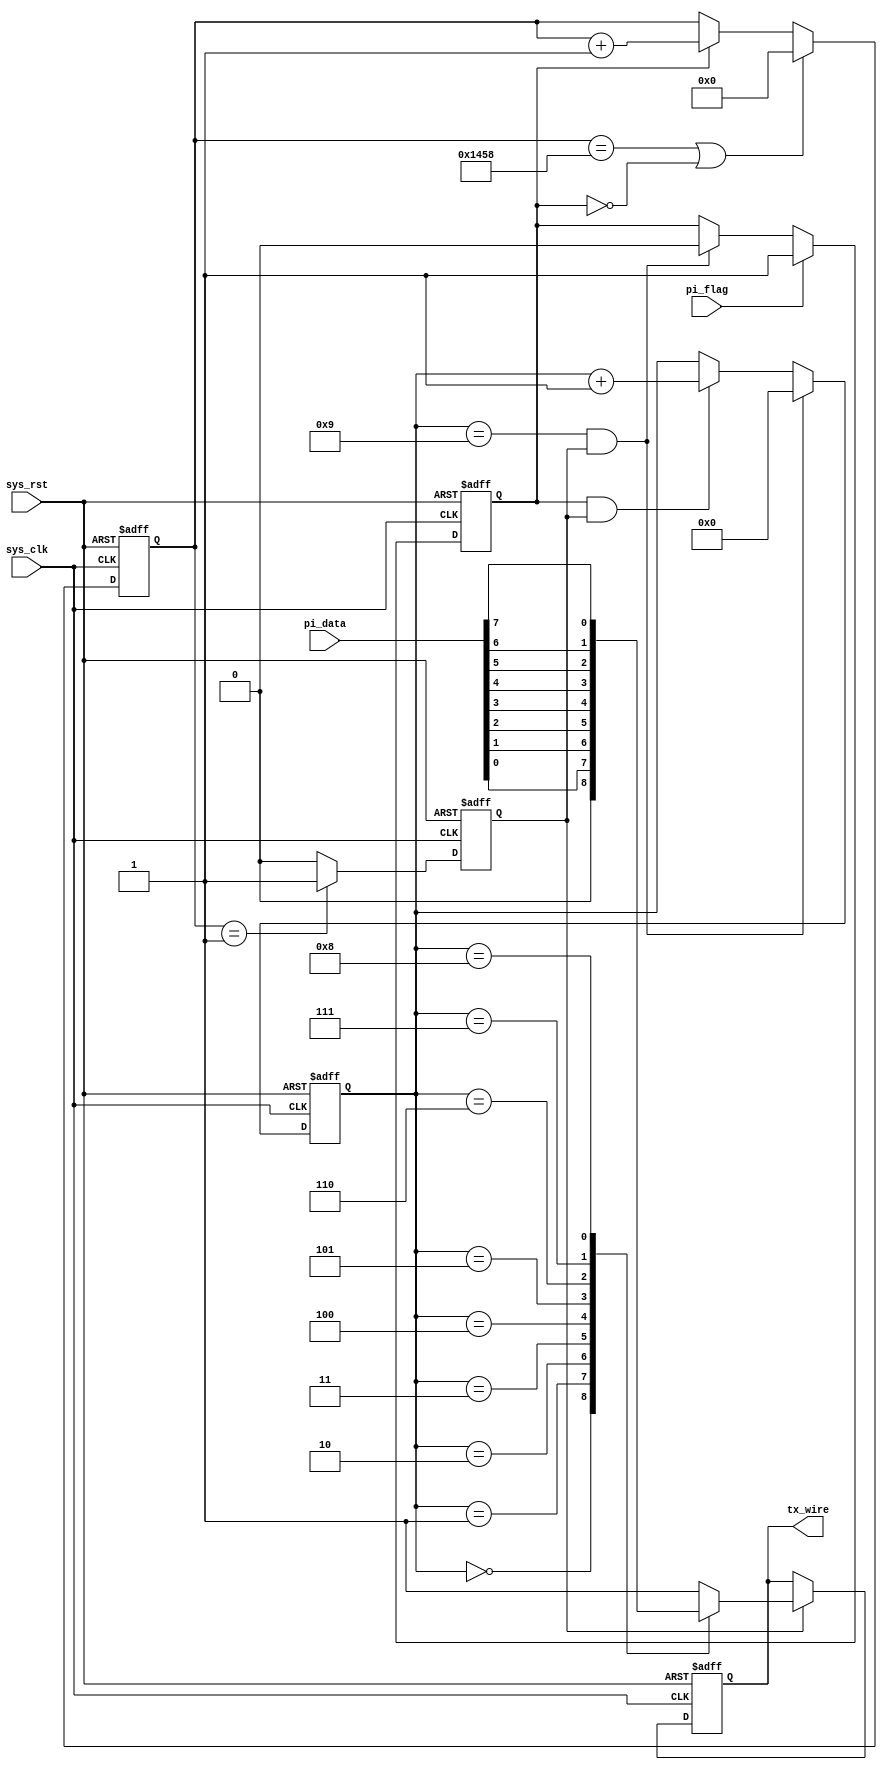
module tx
#(
    parameter   UART_BPS    =   30'd9600,
    parameter   CLK_FREQ    =   30'd50_000_000
)
(
    input       wire                    sys_clk,
    input       wire                    sys_rst,
    input       wire        [7:0]       pi_data,
    input       wire                    pi_flag,
    
    output      reg                     tx_wire
);

parameter BAUD_CNT_MAX = CLK_FREQ/UART_BPS;      //1/50MHZ = 20ns,( ( 1/9600() )*10e9 )/20ns = 5208

reg                 work_en     ;
reg     [15:0]      baud_cnt    ;
reg                 bit_flag    ;
reg     [3:0]       bit_cnt     ;

always@(posedge sys_clk or negedge sys_rst)             //
    if(sys_rst == 1'b0)
        work_en <= 1'b0;
    else if(pi_flag == 1'b1)
        work_en <= 1'b1;
    else if((bit_cnt == 4'd9) && (bit_flag == 1'b1))
        work_en <= 1'b0;

always@(posedge sys_clk or negedge sys_rst)              //
    if(sys_rst == 1'b0)
        baud_cnt <= 16'd0;
    else if((baud_cnt == BAUD_CNT_MAX) || (work_en == 1'b0))
        baud_cnt <= 16'd0;
    else if(work_en == 1'b1)
        baud_cnt <= baud_cnt + 1'd1;

always@(posedge sys_clk or negedge sys_rst)              //
    if(sys_rst == 1'b0)
        bit_flag <= 1'b0;
    else if(baud_cnt == 16'b1)
        bit_flag <= 1'b1;
    else
        bit_flag <= 1'b0;
        
always@(posedge sys_clk or negedge sys_rst)              //
    if(sys_rst == 1'b0)        
        bit_cnt <= 4'd0;
    else if((bit_cnt == 4'd9) && (bit_flag == 1'b1))
        bit_cnt <= 4'd0;
    else if((work_en == 1'b1) && (bit_flag == 1'b1))
        bit_cnt <= bit_cnt + 1'b1;
        
always@(posedge sys_clk or negedge sys_rst)              //
    if(sys_rst == 1'b0)          
        tx_wire = 1'b1;
    else if(bit_flag == 1'b1)
        case(bit_cnt)
            0   : tx_wire <= 1'b0;
            1   : tx_wire <= pi_data[0];
            2   : tx_wire <= pi_data[1];
            3   : tx_wire <= pi_data[2];
            4   : tx_wire <= pi_data[3];
            5   : tx_wire <= pi_data[4];
            6   : tx_wire <= pi_data[5];
            7   : tx_wire <= pi_data[6];
            8   : tx_wire <= pi_data[7];
            9   : tx_wire <= 1'b1;
            default: tx_wire <= 1'b1;
        endcase

endmodule